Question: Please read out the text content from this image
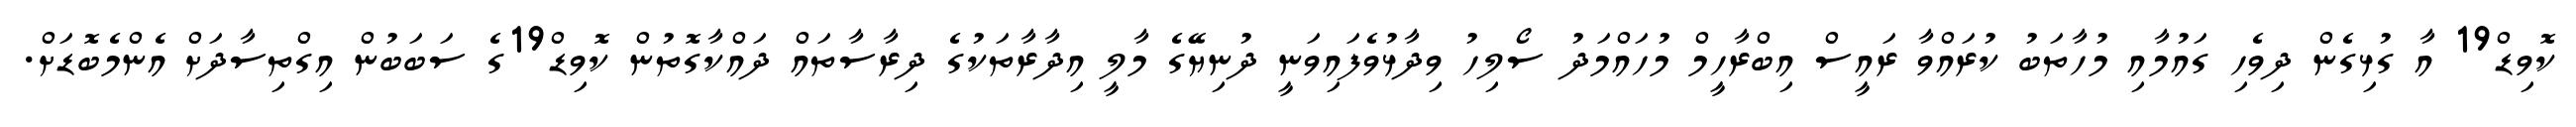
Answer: ކޮވިޑް19 އާ ގުޅިގެން ދިވެހި ގައުމާއި މުހާތަބު ކުރައްވާ ރައީސް އިބްރާހީމް މުހައްމަދު ސޯލިހު ވިދާޅުވެފައިވަނީ ދުނިޔޭގެ މާލީ އިދާރާތަކުގެ ދިރާސާތައް ދައްކާގޮތުން ކޮވިޑް19ގެ ސަބަބުން އިގްތިސާދަށް އެންމެބޮޑަށް.